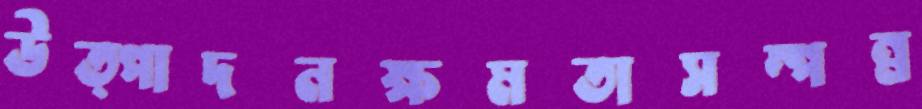
উত্পাদনক্ষমতাসম্পন্ন